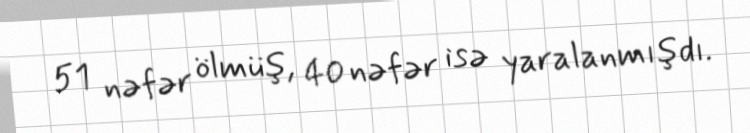
51 nəfər ölmüş, 40 nəfər isə yaralanmışdı.